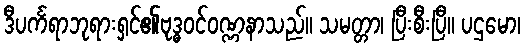
ဒီပင်္ကရာဘုရားရှင်၏ဗုဒ္ဓဝင်ဝဏ္ဏနာသည်။ သမတ္တာ၊ ပြီးစီးပြီ။ ပဌမော၊